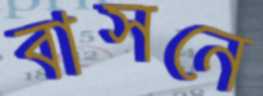
বাসনে